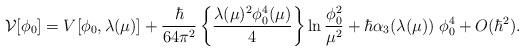
LaTeX: \begin{align*}{\cal V}[\phi_0] = V[\phi_0,\lambda(\mu)] + {{\hbar} \over{64 \pi^2} } \left\{ {\lambda(\mu)^2 \phi_0^4(\mu) \over 4}\right\} \ln{\phi_0^2 \over \mu^2} +\hbar \alpha_3(\lambda(\mu)) \; \phi_0^4 +O(\hbar^2).\end{align*}